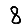
Digit: 8